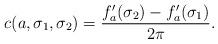
LaTeX: \begin{align*}c(a,\sigma_1,\sigma_2)=\frac{f_a'(\sigma_2)-f_a'(\sigma_1)}{2\pi}.\end{align*}